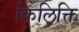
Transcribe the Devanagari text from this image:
किलिक्ति